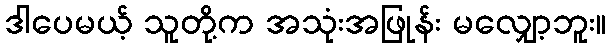
ဒါပေမယ့် သူတို့က အသုံးအဖြုန်း မလျှော့ဘူး။